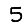
Digit: 5